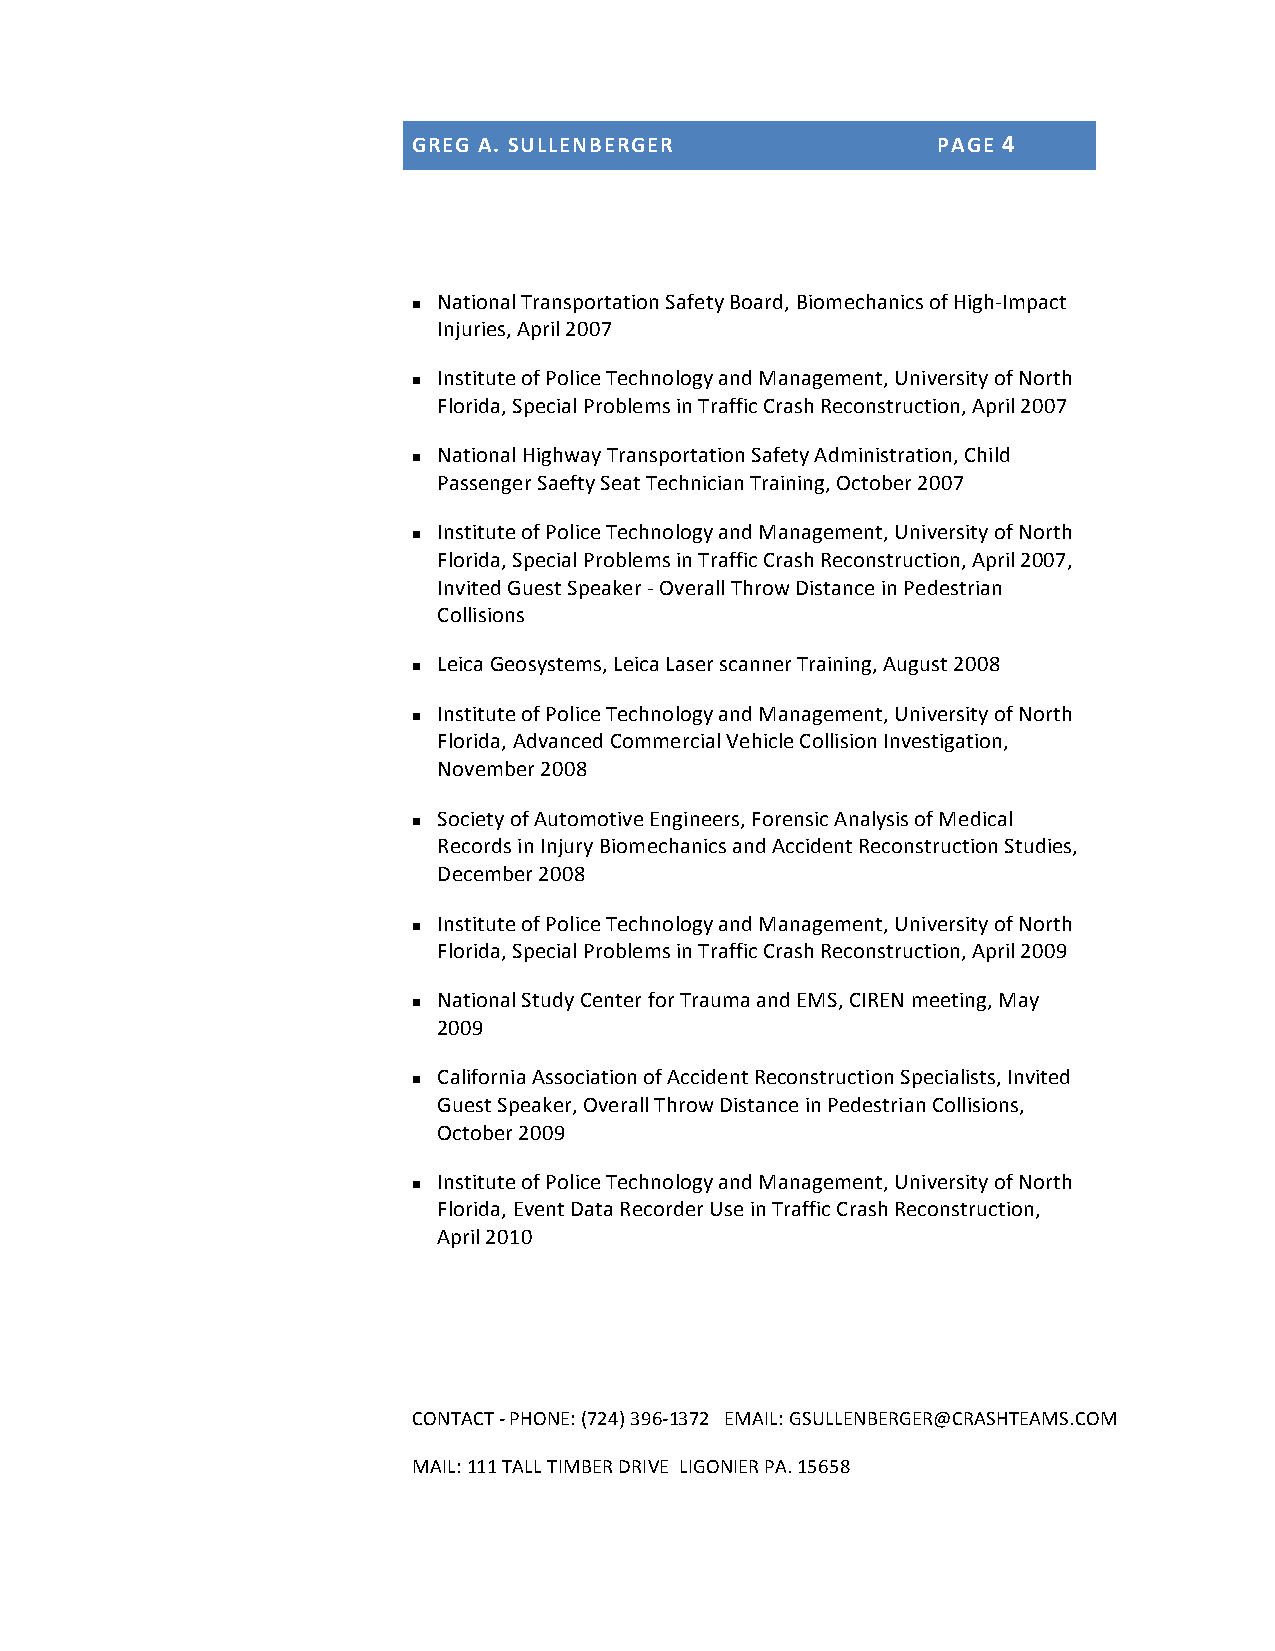
GREG A. SULLENBERGER               PAGE 4
 National Transportation Safety Board, Biomechanics of High-­‐Impact
 n
 Injuries, April 2007
 Institute of Police Technology and Management, University of North
 n
 Florida, Special Problems in Traffic Crash Reconstruction, April 2007
 National Highway Transportation Safety Administration, Child
 n
 Passenger Saefty Seat Technician Training, October 2007
 Institute of Police Technology and Management, University of North
 n
 Florida, Special Problems in Traffic Crash Reconstruction, April 2007,
 Invited Guest Speaker -­‐ Overall Throw Distance in Pedestrian
 Collisions
 Leica Geosystems, Leica Laser scanner Training, August 2008
 n
 Institute of Police Technology and Management, University of North
 n
 Florida, Advanced Commercial Vehicle Collision Investigation,
 November 2008
 Society of Automotive Engineers, Forensic Analysis of Medical
 n
 Records in Injury Biomechanics and Accident Reconstruction Studies,
 December 2008
 Institute of Police Technology and Management, University of North
 n
 Florida, Special Problems in Traffic Crash Reconstruction, April 2009
 National Study Center for Trauma and EMS, CIREN meeting, May
 n
 2009
 California Association of Accident Reconstruction Specialists, Invited
 n
 Guest Speaker, Overall Throw Distance in Pedestrian Collisions,
 October 2009
 Institute of Police Technology and Management, University of North
 n
 Florida, Event Data Recorder Use in Traffic Crash Reconstruction,
 April 2010
 CONTACT -­‐ PHONE: (724) 396-­‐1372 EMAIL: GSULLENBERGER@CRASHTEAMS.COM
 MAIL: 111 TALL TIMBER DRIVE LIGONIER PA. 15658